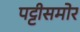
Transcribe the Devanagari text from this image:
पट्टीसमोर